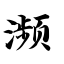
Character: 濒